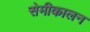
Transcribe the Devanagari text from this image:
सेमीकालन